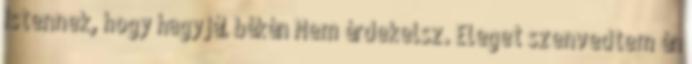
Istennek, hogy hagyjál békén Nem érdekelsz. Eleget szenvedtem én